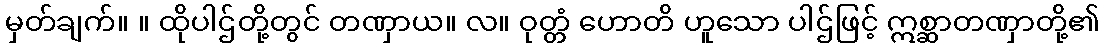
မှတ်ချက်။ ။ ထိုပါဌ်တို့တွင် တဏှာယ။ လ။ ဝုတ္တံ ဟောတိ ဟူသော ပါဌ်ဖြင့် ဣစ္ဆာတဏှာတို့၏